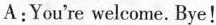
A：You‘re welcome .Bye!